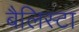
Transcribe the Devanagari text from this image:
बैलिस्टा